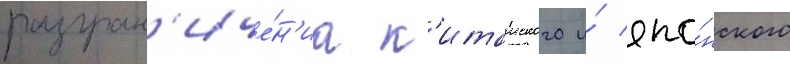
разгран'иче́н'иа к'итаиского и́ япо́нского